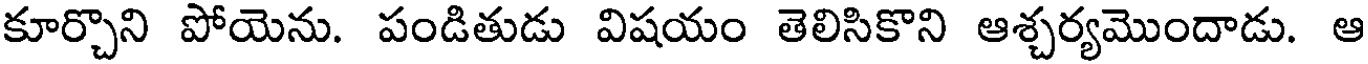
కూర్చొని పోయెను. పండితుడు విషయం తెలిసికొని ఆశ్చర్యమొందాడు. ఆ